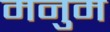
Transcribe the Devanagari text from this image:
मनुम